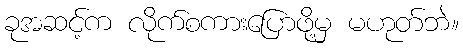
ခုအဆင့်က လိုက်စကားပြောဖို့မှ မဟုတ်ဘဲ။